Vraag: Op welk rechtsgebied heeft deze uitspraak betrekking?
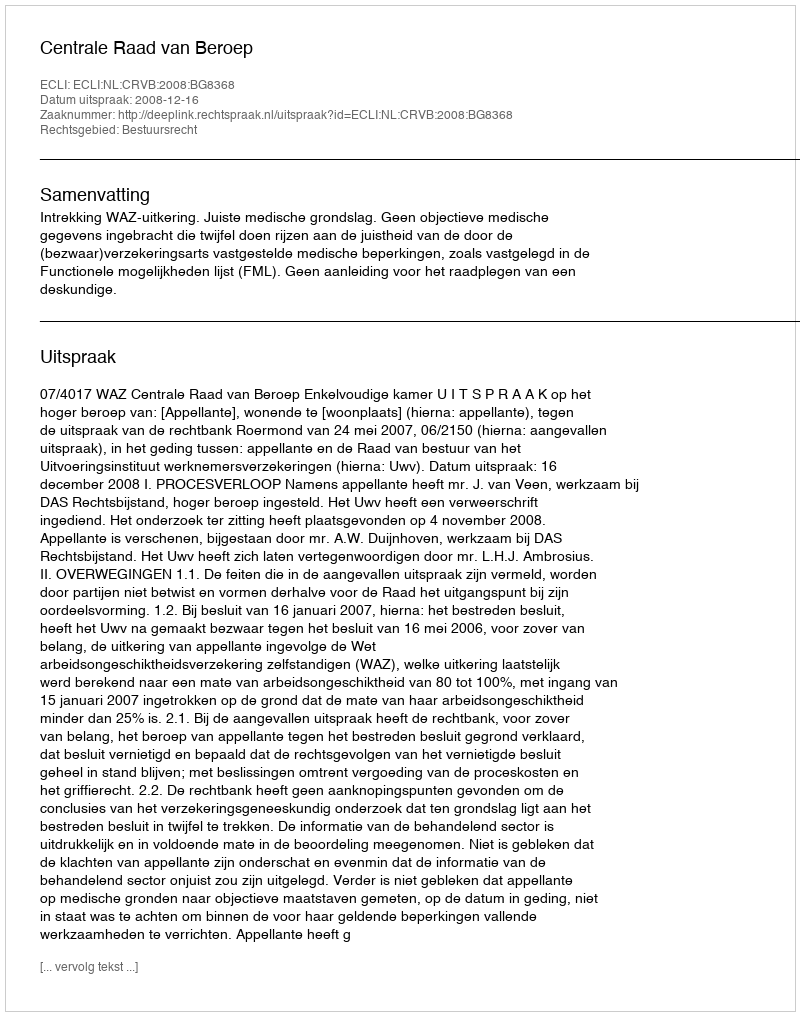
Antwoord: Bestuursrecht